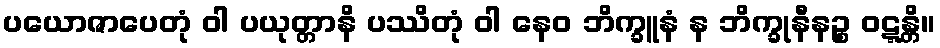
ပယောဇာပေတုံ ဝါ ပယုတ္တာနိ ပဿိတုံ ဝါ နေဝ ဘိက္ခူနံ န ဘိက္ခုနီနဉ္စ ဝဋ္ဋန္တိ။